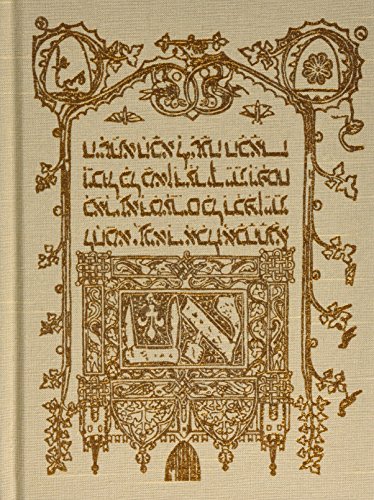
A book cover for The Sarajevo Haggadah; Geraldine Brooks; Religion & Spirituality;